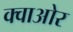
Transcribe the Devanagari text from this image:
क्वाओर